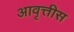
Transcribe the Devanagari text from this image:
आवृत्तीस